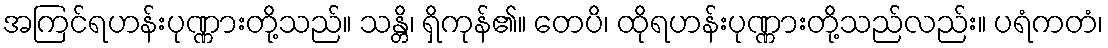
အကြင်ရဟန်းပုဏ္ဏားတို့သည်။ သန္တိ၊ ရှိကုန်၏။ တေပိ၊ ထိုရဟန်းပုဏ္ဏားတို့သည်လည်း။ ပရံကတံ၊